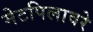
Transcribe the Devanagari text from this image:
मेटपिलावरे